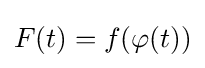
F(t)=f(\varphi (t))